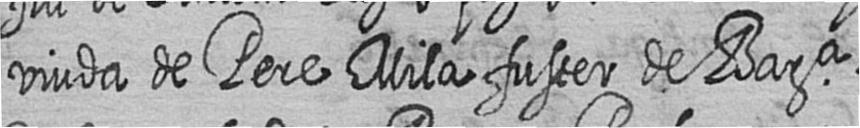
viuda de Pere Mila fuster de Bara